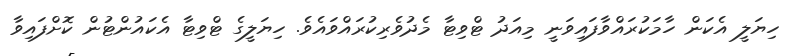
ހިޔަލީ އެކަން ހާމަކުރައްވާފައިވަނީ މިއަދު ޓްވިޓާ މެދުވެރިކުރައްވައެވެ. ހިޔަލީގެ ޓްވިޓާ އެކައުންޓުން ކޮށްފައިވާ